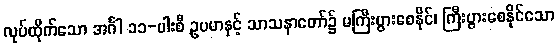
လုပ်ထိုက်သော အင်္ဂါ ၁၁-ပါးစီ ဥပမာနှင့် သာသနာတော်၌ မကြီးပွားစေနိုင်၊ ကြီးပွားစေနိုင်သော